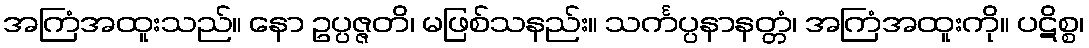
အကြံအထူးသည်။ နော ဥပ္ပဇ္ဇတိ၊ မဖြစ်သနည်း။ သင်္ကပ္ပနာနတ္တံ၊ အကြံအထူးကို။ ပဋိစ္စ၊